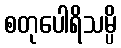
စတုပေါရိသမ္ပိ